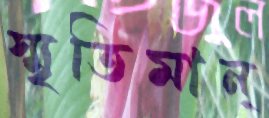
স্মৃতিমান্‌